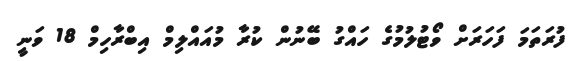
ފުރަތަމަ ފަހަރަށް ވޯޓުލުމުގެ ހައްގު ބޭނުން ކުރާ މުއައްލިމް އިބްރާހިމް 18 ވަނީ